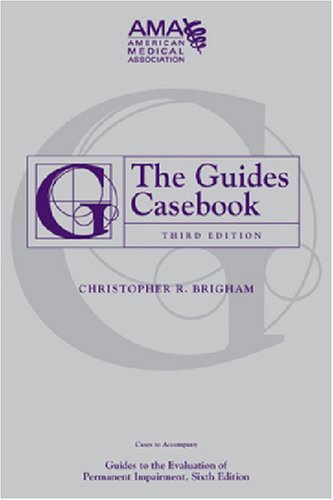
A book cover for The Guides Casebook; Christopher R. Brigham; Medical Books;